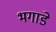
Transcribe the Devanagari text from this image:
भगाडे